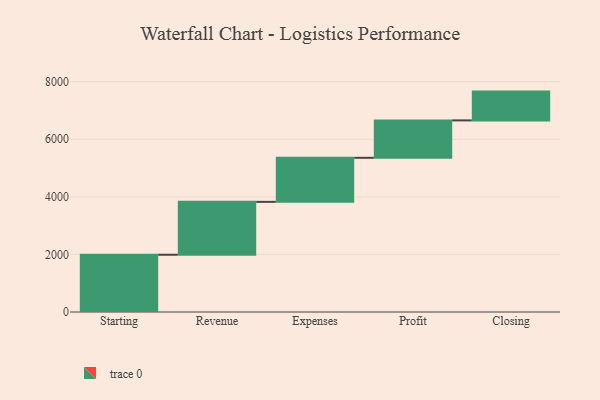
{"axis": {"x": "Step", "y": "Value"}, "legend": [""], "data": [{"x": "Starting", "y": 1989.0, "type": ""}, {"x": "Revenue", "y": 1837.0, "type": ""}, {"x": "Expenses", "y": 1530.0, "type": ""}, {"x": "Profit", "y": 1300.0, "type": ""}, {"x": "Closing", "y": 1000, "type": ""}]}